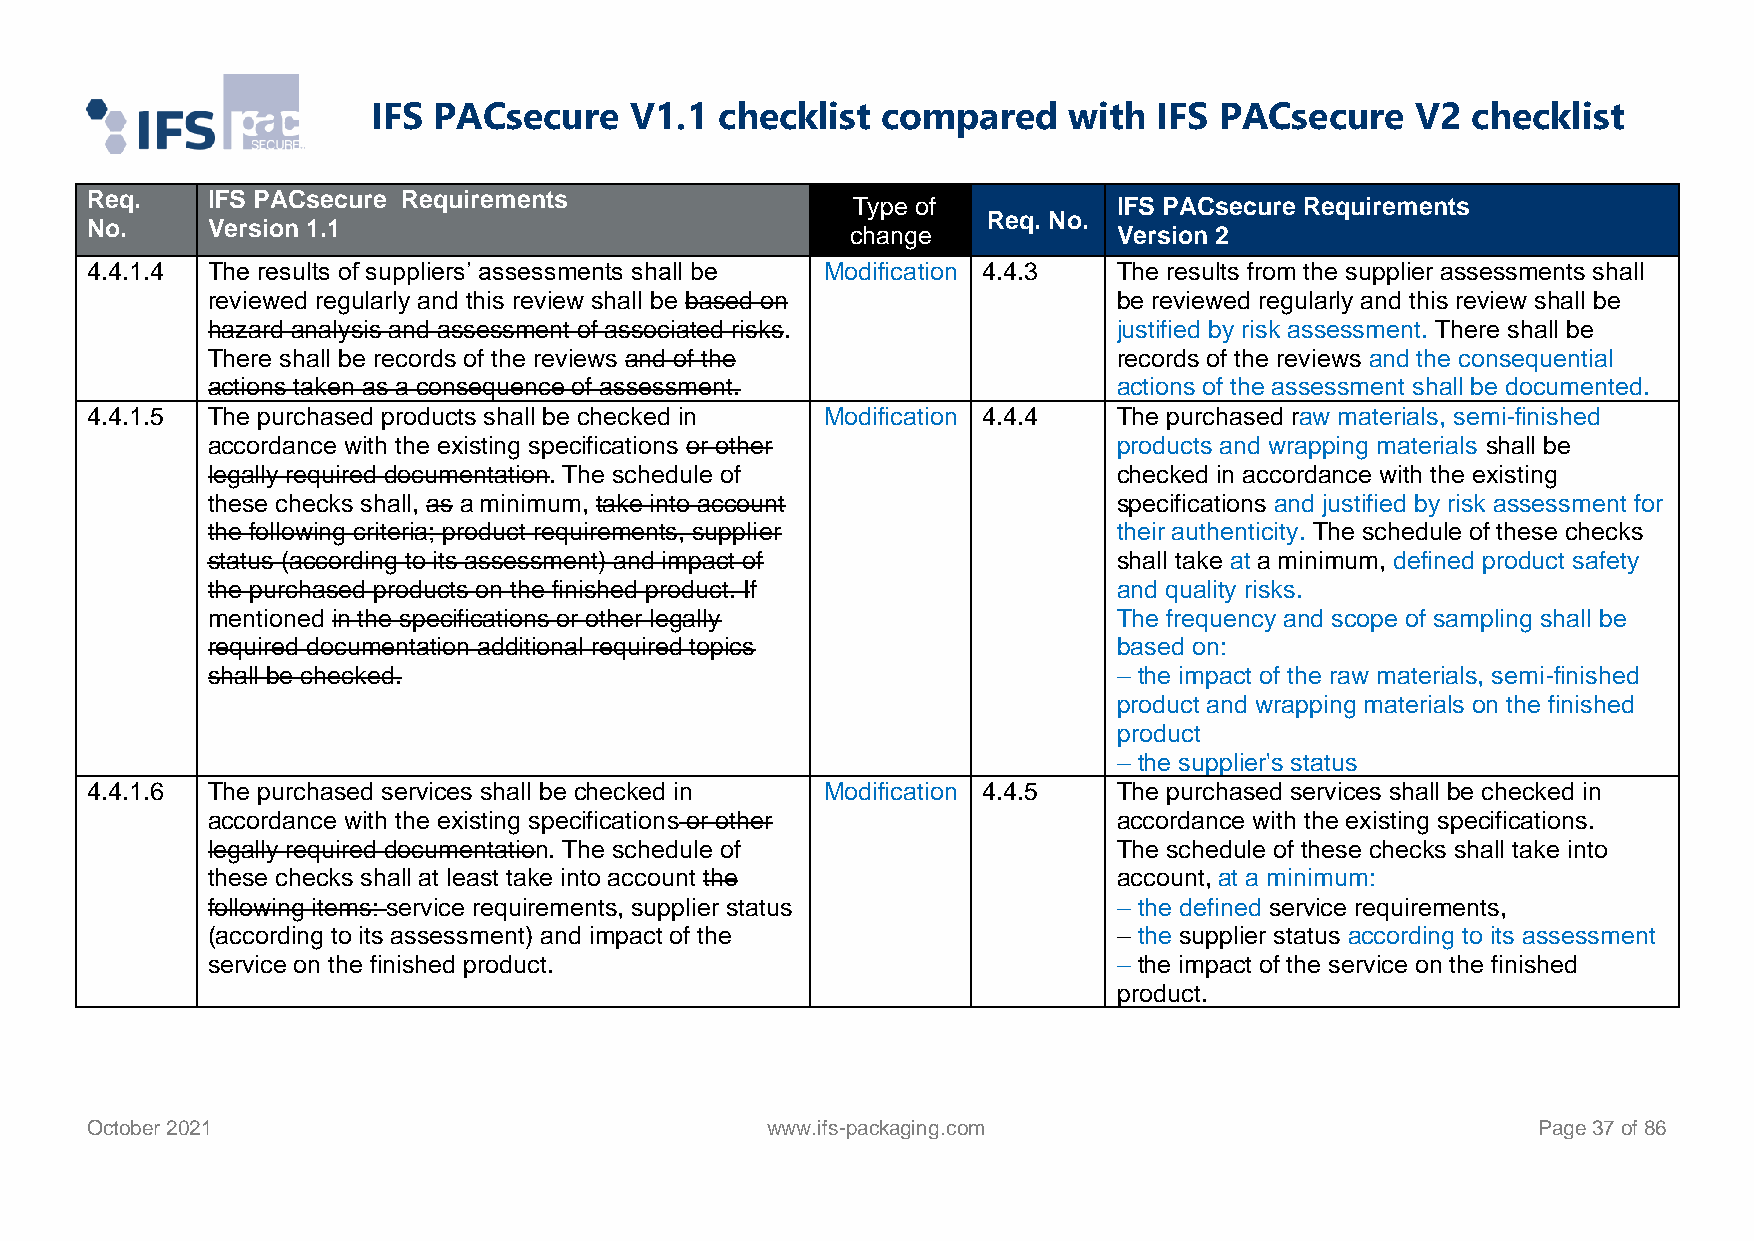
IFS PACsecure    V1.1  checklist compared     with  IFS PACsecure    V2 checklist
 Req.    IFS PACsecure Requirements
 Type of           IFS PACsecure Requirements
 Req. No.
 No.     Version 1.1                               change            Version 2
 4.4.1.4 The results of suppliers’ assessments shall be Modification 4.4.3 The results from the supplier assessments shall
 reviewed regularly and this review shall be based on        be reviewed regularly and this review shall be
 hazard analysis and assessment of associated risks.         justified by risk assessment. There shall be
 There shall be records of the reviews and of the            records of the reviews and the consequential
 actions taken as a consequence of assessment.               actions of the assessment shall be documented.
 4.4.1.5 The purchased products shall be checked in Modification 4.4.4 The purchased raw materials, semi-finished
 accordance with the existing specifications or other        products and wrapping materials shall be
 legally required documentation. The schedule of             checked in accordance with the existing
 these checks shall, as a minimum, take into account         specifications and justified by risk assessment for
 the following criteria; product requirements, supplier      their authenticity. The schedule of these checks
 status (according to its assessment) and impact of          shall take at a minimum, defined product safety
 the purchased products on the finished product. If          and quality risks.
 mentioned in the specifications or other legally            The frequency and scope of sampling shall be
 required documentation additional required topics           based on:
 shall be checked.                                           – the impact of the raw materials, semi-finished
 product and wrapping materials on the finished
 product
 – the supplier's status
 4.4.1.6 The purchased services shall be checked in Modification 4.4.5 The purchased services shall be checked in
 accordance with the existing specifications or other        accordance with the existing specifications.
 legally required documentation. The schedule of             The schedule of these checks shall take into
 these checks shall at least take into account the           account, at a minimum:
 following items: service requirements, supplier status      – the defined service requirements,
 (according to its assessment) and impact of the             – the supplier status according to its assessment
 service on the finished product.                            – the impact of the service on the finished
 product.
 October 2021                                 www.ifs-packaging.com                              Page 37 of 86